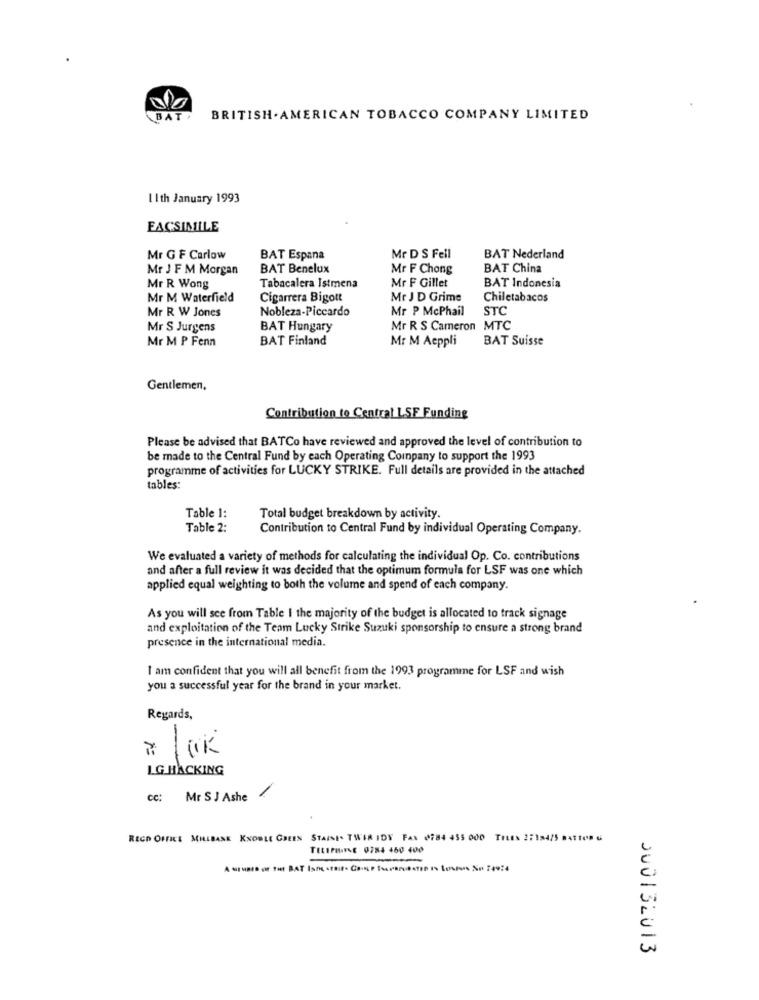
BAT
BRITISH.AMERICAN TOBACCO COMPANY LIMITED
I I th January 1993
FACSIMILE
Mr G F Carlow
BAT Espana
Mr D S Fell
BAT Nederland
Mr J F M Morgan
BAT Benelux
Mr F Chong
BAT China
Mr R Wong
Tabacalera Istmena
Mr F Gillet
BAT Indonesia
Mr M Waterfield
Cigarrera Bigott
Mr J D Grime
Chiletabacos
Mr R W Jones
Nobleza-Piccardo
Mr P McPhail
STC
Mr S Jurgens
BAT Hungary
Mr R S Cameron MTC
Mr M P Fenn
BAT Finland
Mr M Aeppli
BAT Suisse
Gentlemen,
Contribution to Central LSF Funding
Please be advised that BATCo have reviewed and approved the level of contribution to
be made to the Central Fund by each Operating Company to support the 1993
programme of activities for LUCKY STRIKE. Full details are provided in the attached
tables:
Table 1:
Total budget breakdown by activity.
Table 2:
Contribution to Central Fund by individual Operating Company.
We evaluated a variety of methods for calculating the individual Op. Co. contributions
and after a full review it was decided that the optimum formula for LSF was one which
applied equal weighting to both the volume and spend of each company.
As you will see from Table I the majority of the budget is allocated to track signage
and exploitation of the Team Lucky Strike Suzuki sponsorship to ensure a strong brand
presence in the international media.
I am confident that you will all benefit from the 1993 programme for LSF and wish
you a successful year for the brand in your market.
Regards,
-
LG HACKING
-
cc:
Mr S J Ashe
REGD OFFICE MILLBASE KNOBLE GREEN STAINE. TWIR IDY FAX 0784 455 000
TELEPHONE 0784 460 400
000132013